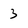
Character: 3